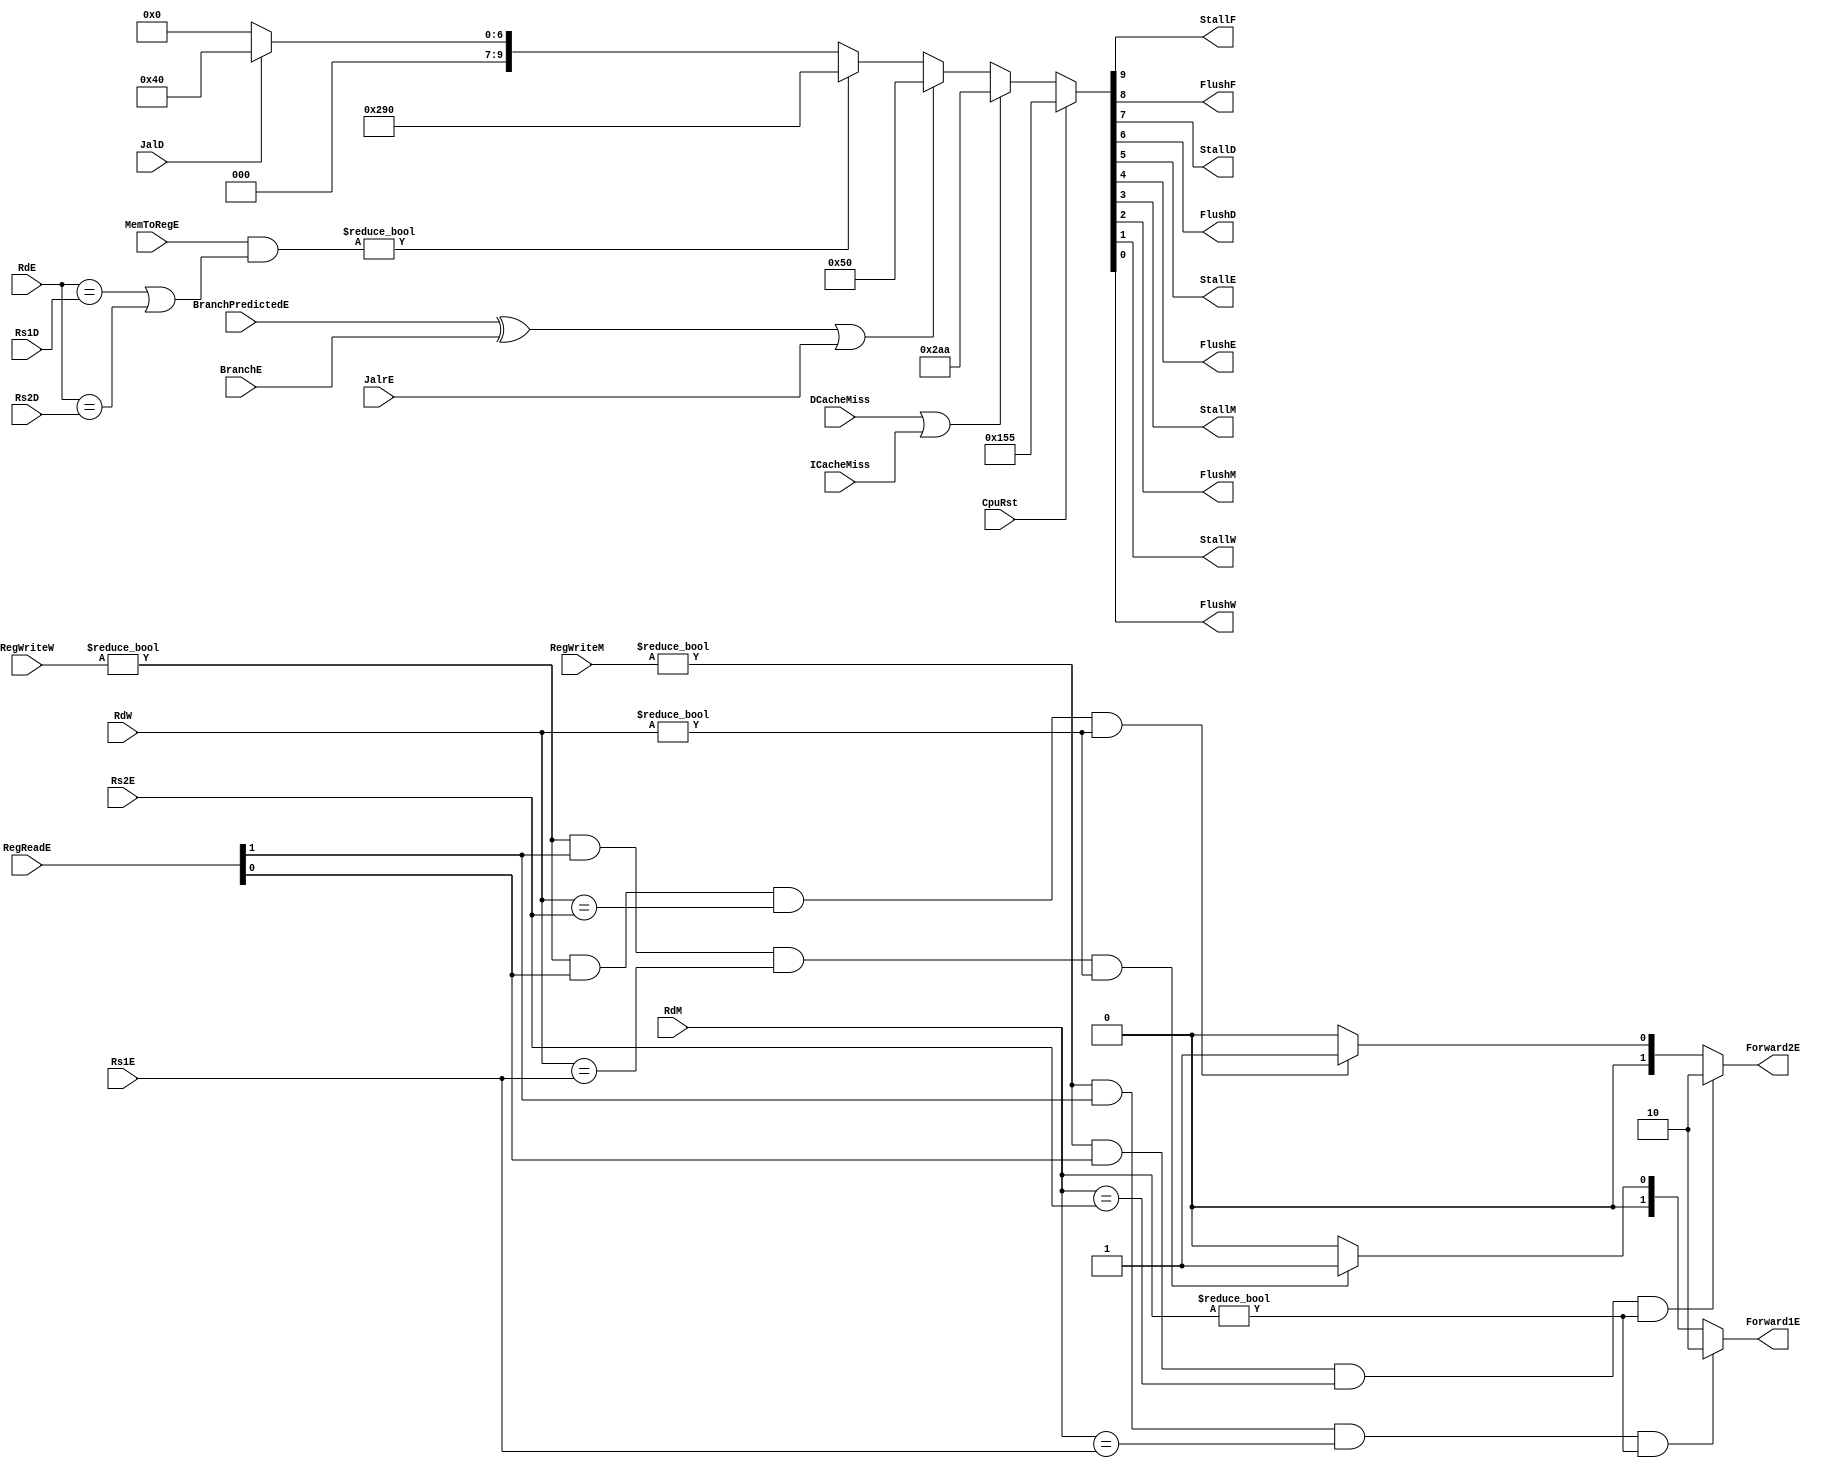
`timescale 1ns / 1ps
//////////////////////////////////////////////////////////////////////////////////
// Company: USTC ESLABEmbeded System Lab
// Design Name: RISCV-Pipline CPU
// Module Name: HarzardUnit
// Target Devices: Nexys4
// Tool Versions: Vivado 2017.4.1
// Description: Deal with harzards in pipline
//////////////////////////////////////////////////////////////////////////////////
module HarzardUnit(
    input wire CpuRst, ICacheMiss, DCacheMiss, 
    input wire BranchE, JalrE, JalD, BranchPredictedE,
    input wire [4:0] Rs1D, Rs2D, Rs1E, Rs2E, RdE, RdM, RdW,
    input wire [1:0] RegReadE,
    input wire [2:0] MemToRegE, RegWriteM, RegWriteW,
    output reg StallF, FlushF, StallD, FlushD, StallE, FlushE, StallM, FlushM, StallW, FlushW,
    output reg [1:0] Forward1E, Forward2E
    );
    //
    //Stall and Flush signals generate
    always @ (*)
        if(CpuRst)
            {StallF,FlushF,StallD,FlushD,StallE,FlushE,StallM,FlushM,StallW,FlushW} <= 10'b0101010101;
        else if(DCacheMiss | ICacheMiss)
            {StallF,FlushF,StallD,FlushD,StallE,FlushE,StallM,FlushM,StallW,FlushW} <= 10'b1010101010;
        else if((BranchPredictedE ^ BranchE) | JalrE) //BranchPredictedE ^ BranchE1
            {StallF,FlushF,StallD,FlushD,StallE,FlushE,StallM,FlushM,StallW,FlushW} <= 10'b0001010000;
        else if(MemToRegE & ((RdE==Rs1D)||(RdE==Rs2D)) )
            {StallF,FlushF,StallD,FlushD,StallE,FlushE,StallM,FlushM,StallW,FlushW} <= 10'b1010010000;
        else if(JalD)
            {StallF,FlushF,StallD,FlushD,StallE,FlushE,StallM,FlushM,StallW,FlushW} <= 10'b0001000000;
        else
            {StallF,FlushF,StallD,FlushD,StallE,FlushE,StallM,FlushM,StallW,FlushW} <= 10'b0000000000;
    //Forward Register Source 1
    always@(*)begin
        if( (RegWriteM!=3'b0) && (RegReadE[1]!=0) && (RdM==Rs1E) &&(RdM!=5'b0) )
            Forward1E<=2'b10;
        else if( (RegWriteW!=3'b0) && (RegReadE[1]!=0) && (RdW==Rs1E) &&(RdW!=5'b0) )
            Forward1E<=2'b01;
        else
            Forward1E<=2'b00;
    end
    //Forward Register Source 2
    always@(*)begin
        if( (RegWriteM!=3'b0) && (RegReadE[0]!=0) && (RdM==Rs2E) &&(RdM!=5'b0) )
            Forward2E<=2'b10;
        else if( (RegWriteW!=3'b0) && (RegReadE[0]!=0) && (RdW==Rs2E) &&(RdW!=5'b0) )
            Forward2E<=2'b01;
        else
            Forward2E<=2'b00;
    end      
endmodule